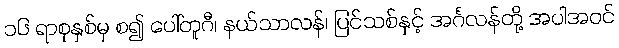
၁၆ ရာစုနှစ်မှ စ၍ ပေါ်တူဂီ၊ နယ်သာလန်၊ ပြင်သစ်နှင့် အင်္ဂလန်တို့ အပါအဝင်